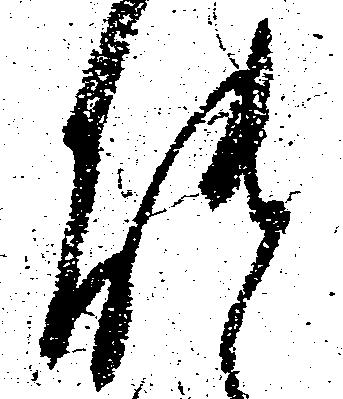
能